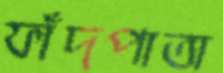
ফাঁদপাতা